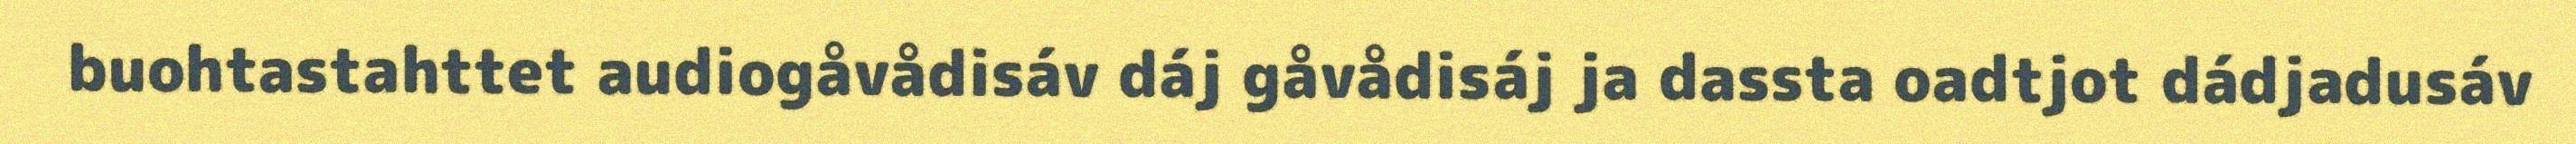
buohtastahttet audiogåvådisáv dáj gåvådisáj ja dassta oadtjot dádjadusáv